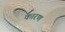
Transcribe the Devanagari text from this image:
कारण